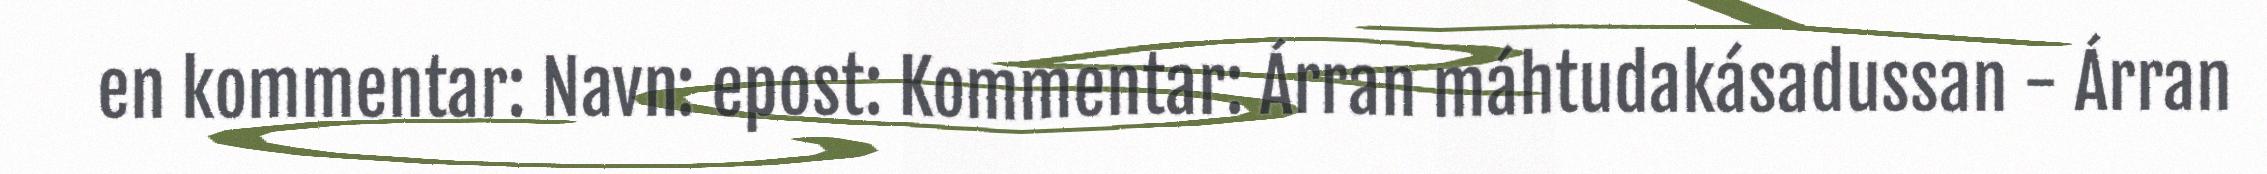
en kommentar: Navn: epost: Kommentar: Árran máhtudakásadussan - Árran